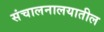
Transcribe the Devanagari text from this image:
संचालनालयातील